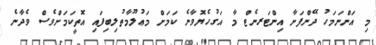
މި އަންނަމަހު ދޭންފަށާ އިންޓަރނެޓް މާ އަގުހެޔޮވާނެ ކަމަށް މަޢުލޫމާތުލިބިފައި އޮތީކަމަށްވެސް ވެދާނެ